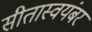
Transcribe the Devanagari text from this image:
सीतास्वयंबर